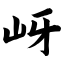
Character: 岈